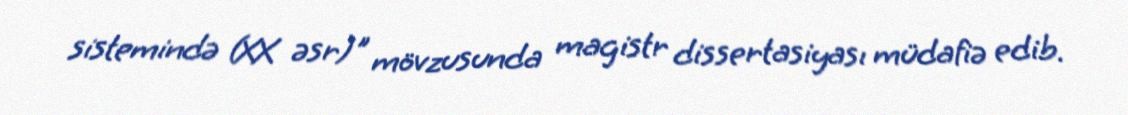
sistemində (XX əsr)" mövzusunda magistr dissertasiyası müdafiə edib.